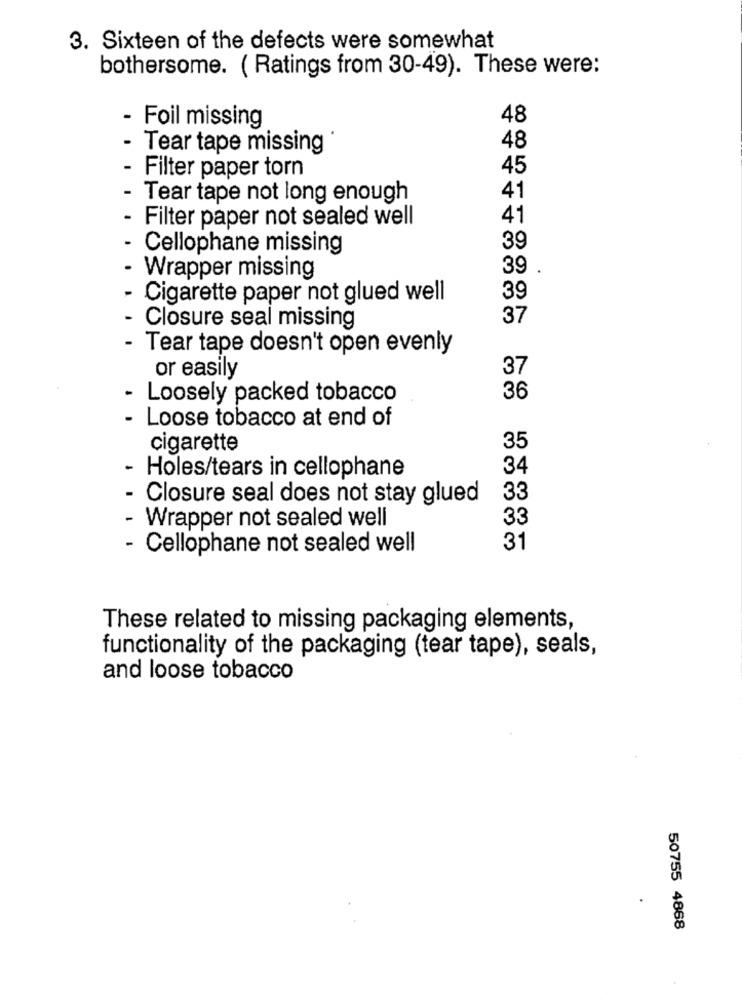
3. Sixteen of the defects were somewhat
bothersome. ( Ratings from 30-49). These were:
- Foil missing
48
48
Tear tape missing
45
Filter paper torn
Tear tape not long enough
41
Filter paper not sealed well
41
- Cellophane missing
39
39
Wrapper missing
Cigarette paper not glued well
39
37
Closure seal missing
Tear tape doesn't open evenly
37
or easily
- Loosely packed tobacco
36
- Loose tobacco at end of
cigarette
35
34
- Holes/tears in cellophane
Closure seal does not stay glued
33
33
- Wrapper not sealed well
Cellophane not sealed well
31
These related to missing packaging elements,
functionality of the packaging (tear tape), seals,
and loose tobacco
50755 4868